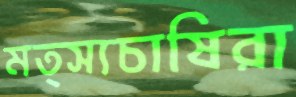
মত্স্যচাষিরা